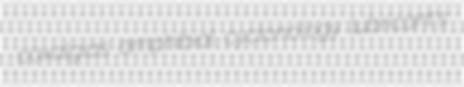
coxalgias amphibial cyclonology lubricant's